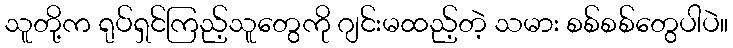
သူတို့က ရုပ်ရှင်ကြည့်သူတွေကို ဂျင်းမထည့်တဲ့ သမား စစ်စစ်တွေပါပဲ။